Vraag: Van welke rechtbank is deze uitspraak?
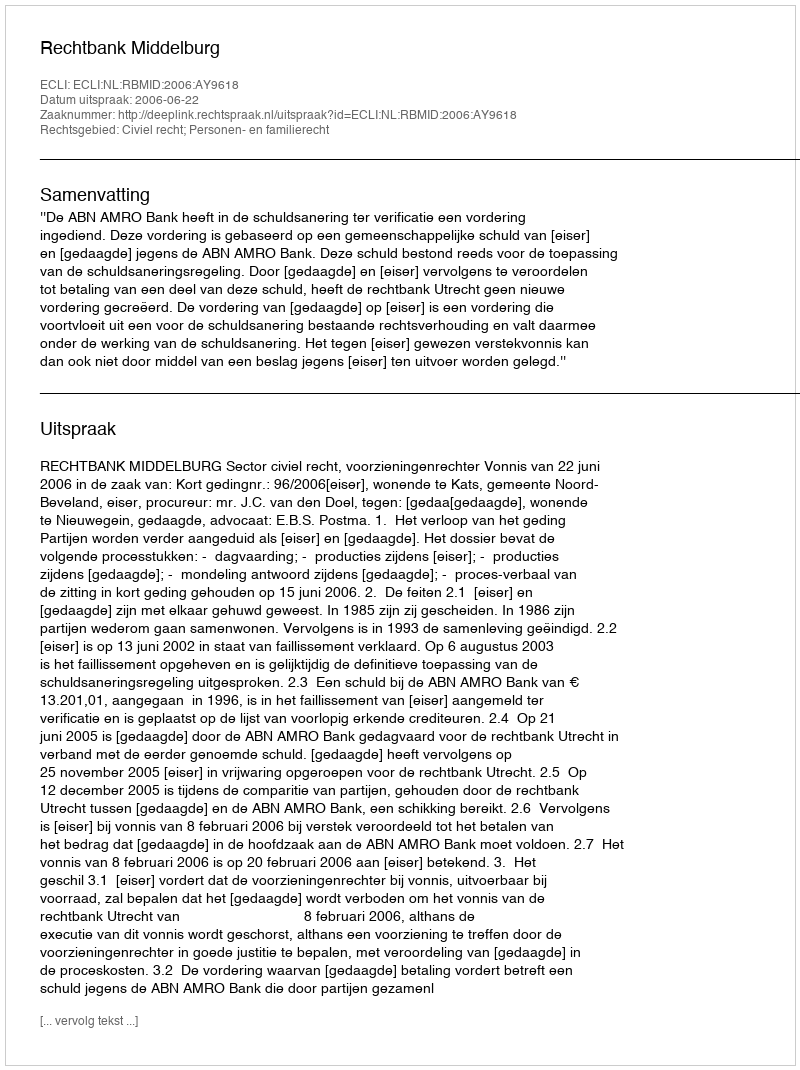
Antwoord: Rechtbank Middelburg